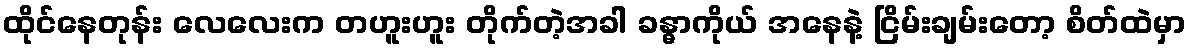
ထိုင်နေတုန်း လေလေးက တဟူးဟူး တိုက်တဲ့အခါ ခန္ဓာကိုယ် အနေနဲ့ ငြိမ်းချမ်းတော့ စိတ်ထဲမှာ